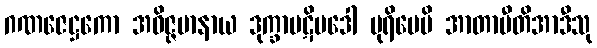
ဂဏဇေဋ္ဌကော အဝိဇ္ဇမာနာယ ဒုက္ခာပဋိပဒေါ ပုရိမေပိ အာတာပီတိအာဒီသု